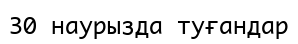
30 наурызда туғандар